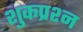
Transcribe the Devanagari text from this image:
शुकप्रश्न